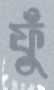
ফুঁ